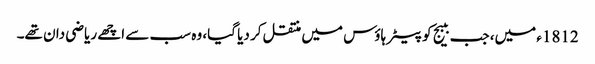
1812ء میں، جب ببیج کو پیٹر ہاؤس میں منتقل کر دیا گیا، وہ سب سے اچھے ریاضی دان تھے۔